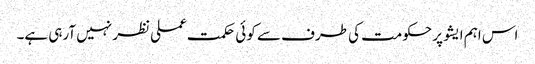
اس اہم ایشو پر حکومت کی طرف سے کوئی حکمت عملی نظر نہیں آرہی ہے۔